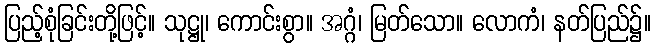
ပြည့်စုံခြင်းတို့ဖြင့်။ သုဋ္ဌု၊ ကောင်းစွာ။ အဂ္ဂံ၊ မြတ်သော။ လောကံ၊ နတ်ပြည်၌။